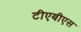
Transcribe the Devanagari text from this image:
टीएबीएस